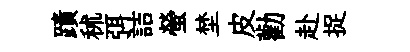
蹟秫弭詰螢埜皮勸赴捉